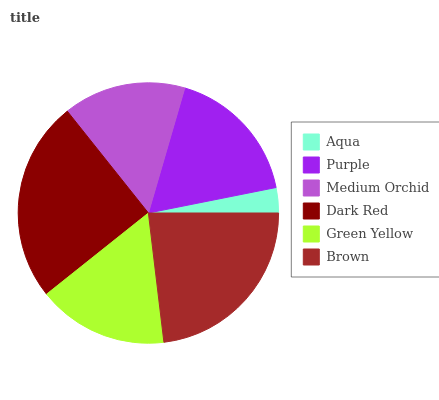
| Aqua | Purple | Medium Orchid | Dark Red | Green Yellow | Brown |
 | --- | --- | --- | --- | --- | --- |
 | 3.14% | 17.3% | 15.2% | 25% | 16.2% | 23.1% |